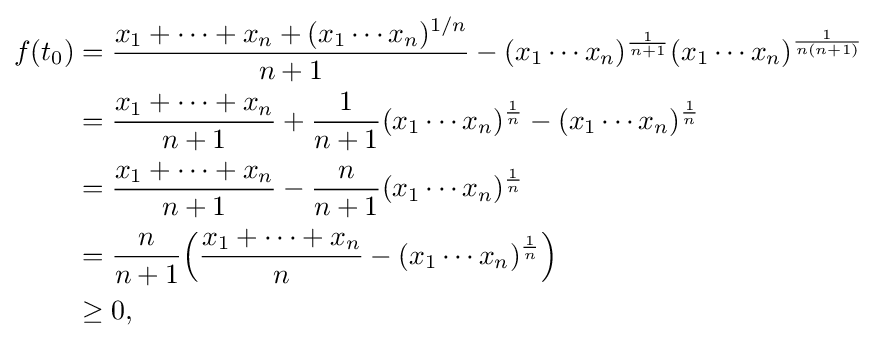
{\begin{aligned}f(t_{0})&={\frac {x_{1}+\cdots +x_{n}+({x_{1}\cdots x_{n}})^{1/n}}{n+1}}-({x_{1}\cdots x_{n}})^{\frac {1}{n+1}}({x_{1}\cdots x_{n}})^{\frac {1}{n(n+1)}}\\&={\frac {x_{1}+\cdots +x_{n}}{n+1}}+{\frac {1}{n+1}}({x_{1}\cdots x_{n}})^{\frac {1}{n}}-({x_{1}\cdots x_{n}})^{\frac {1}{n}}\\&={\frac {x_{1}+\cdots +x_{n}}{n+1}}-{\frac {n}{n+1}}({x_{1}\cdots x_{n}})^{\frac {1}{n}}\\&={\frac {n}{n+1}}{\Bigl (}{\frac {x_{1}+\cdots +x_{n}}{n}}-({x_{1}\cdots x_{n}})^{\frac {1}{n}}{\Bigr )}\\&\geq 0,\end{aligned}}